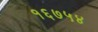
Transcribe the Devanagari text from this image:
१६७५४